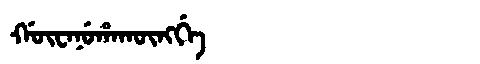
Manchu: ᡤᡡᠸᠠᠨᡠᡥᠠᡴᡡᠩᡤᡝ
Romanization: GŪWANUHAKŪNGGE